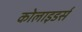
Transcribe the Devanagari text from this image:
कोलाइडर्स